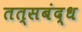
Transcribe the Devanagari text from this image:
तत्सबंद्ध